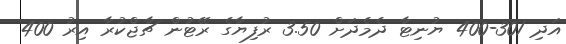
އަދި 301-400 ޔުނިޓާ ދެމެދަށް 3.50 ރުފިޔާގެ ރޭޓުން ޗާޖްކުރާ އިރު 400